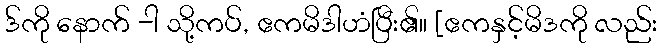
ဒ်ကို နောက် -ါ သို့ကပ်, ဧကမိဒါဟံပြီး၏။ [ဧကနှင့်မိဒကို လည်း